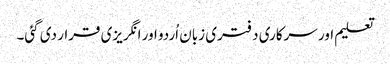
تعلیم اور سرکاری دفتری زبان اُردو اور انگریزی قرار دی گئی۔